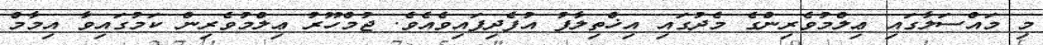
މި މައްސަލާގައި ޢިލްމުވެރިންގެ މެދުގައި އިޚްތިލާފު އުފެދިފައިވެއެވެ. ޖުމްހޫރު ޢިލްމުވެރިން ކަމުގައިވާ އިމާމް